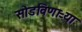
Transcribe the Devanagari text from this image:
सोडविणाऱ्या